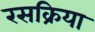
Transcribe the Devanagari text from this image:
रसक्रिया